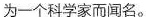
为一个科学家而闻名.